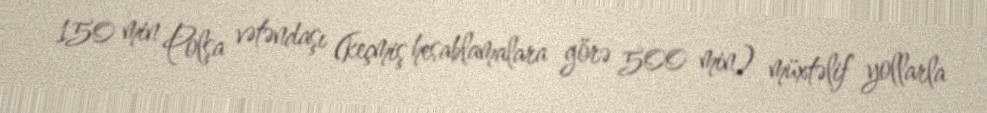
150 min Polşa vətəndaşı (keçmiş hesablamalara görə 500 min) müxtəlif yollarla